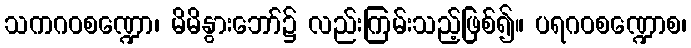
သကဂဝစဏ္ဍော၊ မိမိနွားဘော်၌ လည်းကြမ်းသည့်ဖြစ်၍။ ပရဂဝစဏ္ဍောစ၊